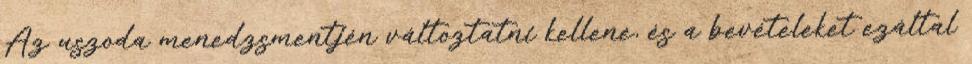
Az uszoda menedzsmentjén változtatni kellene, és a bevételeket ezáltal